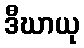
ဒီဃာယု